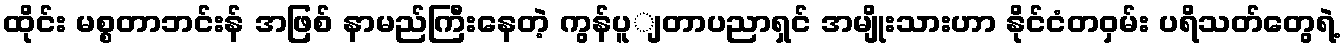
ထိုင်း မစ္စတာဘင်းန် အဖြစ် နာမည်ကြီးနေတဲ့ ကွန်ပူျတာပညာရှင် အမျိုးသားဟာ နိုင်ငံတဝှမ်း ပရိသတ်တွေရဲ့